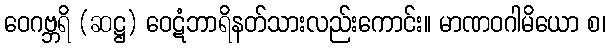
ဝေဂဗ္ဘရိ (ဆဋ္ဌ) ဝေဋံဘာရိနတ်သားလည်းကောင်း။ မာဏဝဂါမိယော စ၊